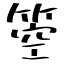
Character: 箜